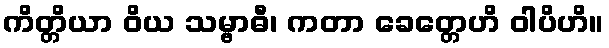
ကိတ္တိယာ ဝိယ သမ္ဗာဓီ၊ ကတာ ခေတ္တေဟိ ဝါပိဟိ။